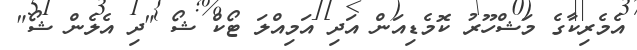
އެމެރިކާގެ މަޝްހޫރު ކޮމެޑިއަން އަދި އަމިއްލަ ޓޯކް ޝޯ "ދި އެލެން ޝޯ"